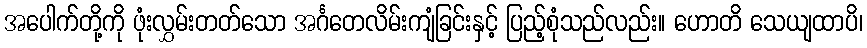
အပေါက်တို့ကို ဖုံးလွှမ်းတတ်သော အင်္ဂတေလိမ်းကျံခြင်းနှင့် ပြည့်စုံသည်လည်း။ ဟောတိ သေယျထာပိ၊